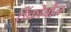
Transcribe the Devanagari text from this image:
तैंकोबोन